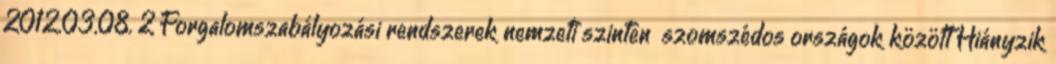
2012.03.08. 2 Forgalomszabályozási rendszerek nemzeti szinten szomszédos országok között Hiányzik